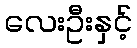
လေးဦးနှင့်